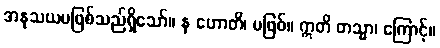
အနုသယမဖြစ်သည်ရှိသော်။ န ဟောတိ၊ မဖြစ်။ ဣတိ တသ္မာ၊ ကြောင့်။